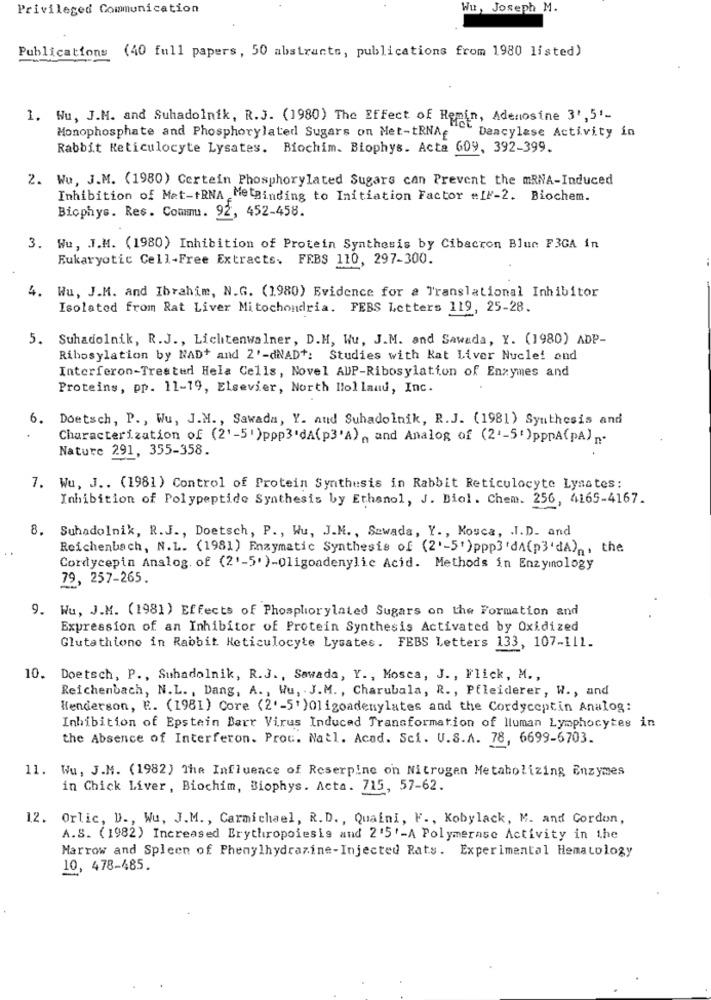
Privileged Communication
Wu, Joseph M.
Publications (40 full papers, 50 abstracts, publications from 1980 listed)
1. Nu, J.M. and Suhadolnik, R.J. (1980) The Effect of Hemin, Adenosine 3',5'-
Deacylase Activity in
Monophosphate and Phosphorylated Sugars on Met-tRNAg
Rabbit Reticulocyte Lysates. Biochim. Biophys. Acta 609, 392-399.
2. Wu, J.M. (1980) Certein Phosphorylated Sugars can Prevent the mRNA-Induced
Inhibition of Met-tRNA MetBinding to Initiation Factor #:IN-2. Biochem.
Bicphys. Res. Commu. 92, 452-458.
3. Wu, J.M. (1980) Inhibition of Protein Synthesis by Cibacron Blue F3GA in
Eukaryotic Cell-Free Extracts. FEBS 110, 297-300.
4. Wu, J.M. and Ibrahim, N.G. (1980) Evidence for a Translational Inhibitor
Isolated from Rat Liver Mitochondria. FEBS Letters 119, 25-28.
5. Suhadolnik, R.J ., Lichtenwalner, D.H, Wu, J.M. and Sawada, Y. (1980) ADP-
Ribosylation by NAD+ and 2'-dNAD+: Studies with Kat Liver Nucle! and
Interferon-Treated Hela Cells, Novel AUP-Ribosylation of Enzymes and
Proteins, pp. 11-19, Elsevier, North Holland, Inc.
6. Doetsch, P ., Wu, J.M ., Sawada, Y. and Suhadolnik, R.J. (1981) Synthesis and
Characterization of (2'-5')ppp3'dA(p3'A) ,, and Analog of (2'-5')pppA(pA) ...
Nature 291, 355-358.
7. Wu, J .. (1981) Control of Protein Synthesis in Rabbit Reticulocyte Lysates:
Inhibition of Polypeptide Synthesis by Ethanol, J. Biol. Chem. 256, 4165-4167.
8. Suhadolnik, R.J ., Doetsch, P ., Wu, J.M ., Szwada, Y ., Kosca, . J.D. and
Reichenbach, N.L. (1981) Enzymatic Synthesis of (2'-5')ppp3'dA(p3'dA), the
Cordycepin Anslog. of (2'-5' )-Oligoadenylic Acid. Methods in Enzymology
79, 257-265.
9. Wu, J.M. (1981) Effects of Phosphorylated Sugars on the Formation and
Expression of an Inhibitor of Protein Synthesis Activated by Oxidized
Glutathione in Rabbit Reticulocyte Lysates. FEBS Letters 133, 107-111.
10. Doetsch, P ., Suhadolnik, R.J ., Sawada, Y ., Mosca, J ., Flick, M .,
Reichenbach, N.L. , Dang, A ., Wu, J. M. , Charubala, R ., Pfleiderer, W ., and
Henderson, E. (1981) Core (2'-5' )Oligoadenylates and the Cordyceptin Analog:
Inhibition of Epstein Barr Virus Induced Transformation of lluman Lymphocytes in
the Absence of Interferon. Proc. Natl. Acad. Sci. U.S.A. 78, 6699-6703.
11. Wu, J.M. (1982) The Influence of Reserpine on Nitrogen Metabolizing Enzymes
in Chick Liver, Biochim, Biophys. Acta. 715, 57-62.
12. Orlic, D ., Wu, J.M ., Carmichael, R.D ., Quaini, F ., Kobylack, M. and Cordon,
A.S. (1982) Increased Erythropoiesis and 2'5'-A Polymerase Activity in the
Marrow and Spleen of Phenylhydrazine-Injected Rats. Experimental Hematology
10, 478-485.